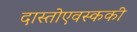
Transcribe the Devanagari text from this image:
दास्तोएवस्ककी